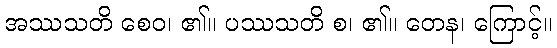
အဿသတိ စေဝ၊ ၏။ ပဿသတိ စ၊ ၏။ တေန၊ ကြောင့်။